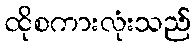
ထိုစကားလုံးသည်